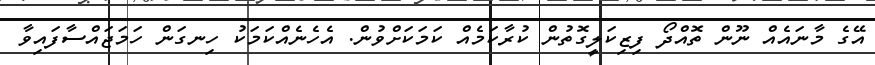
އޭގެ މާނައެއް ނޫން ތޮއްދޯ ފިޒިކަލީގޮތުން ކުރާކަމެއް ކަމަކަށްވުން. އެހެނެއްކަމަކު ހިނގަން ހަމަޖައްސާފައިވާ